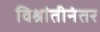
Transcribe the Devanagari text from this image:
विश्रांतीनंतर